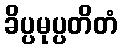
ခိပ္ပမုပ္ပတိတံ